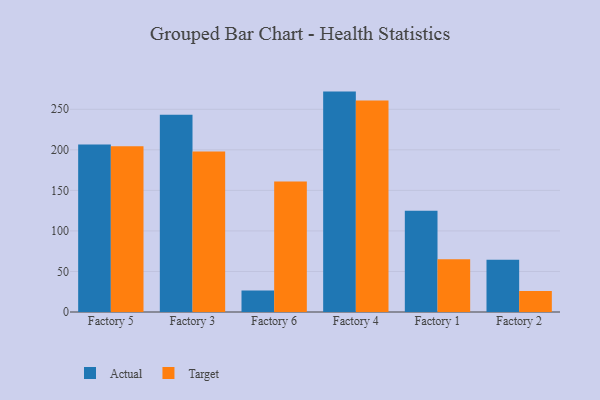
{"axis": {"x": "Factory", "y": "Conversion Rate (%)"}, "legend": ["Actual", "Target"], "data": [{"x": "Factory 5", "y": 206.6, "type": "Actual"}, {"x": "Factory 5", "y": 204.5, "type": "Target"}, {"x": "Factory 3", "y": 243.2, "type": "Actual"}, {"x": "Factory 3", "y": 197.8, "type": "Target"}, {"x": "Factory 6", "y": 26.6, "type": "Actual"}, {"x": "Factory 6", "y": 161.0, "type": "Target"}, {"x": "Factory 4", "y": 271.8, "type": "Actual"}, {"x": "Factory 4", "y": 260.8, "type": "Target"}, {"x": "Factory 1", "y": 125.0, "type": "Actual"}, {"x": "Factory 1", "y": 64.9, "type": "Target"}, {"x": "Factory 2", "y": 64.4, "type": "Actual"}, {"x": "Factory 2", "y": 26.0, "type": "Target"}]}